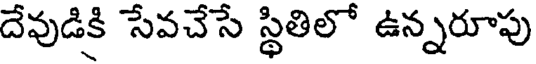
దేవుడికి సేవచేసే స్థితిలో ఉన్నరూపు